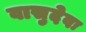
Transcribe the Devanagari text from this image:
वासुदेवः